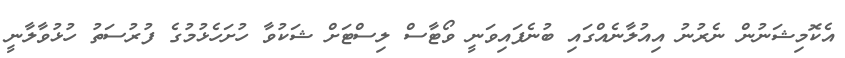
އެކޮމިޝަނުން ނެރުނު އިއުލާނެއްގައި ބުނެފައިވަނީ ވޯޓާސް ލިސްޓަށް ޝަކުވާ ހުށަހެޅުމުގެ ފުރުސަތު ހުޅުވާލާނީ